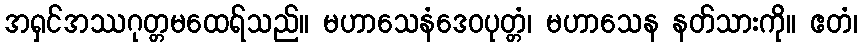
အရှင်အဿဂုတ္တမထေရ်သည်။ မဟာသေနံဒေဝပုတ္တံ၊ မဟာသေန နတ်သားကို။ ဧတံ၊